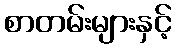
စာတမ်းများနှင့်